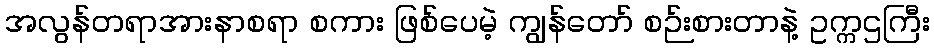
အလွန်တရာအားနာစရာ စကား ဖြစ်ပေမဲ့ ကျွန်တော် စဉ်းစားတာနဲ့ ဥက္ကဌကြီး